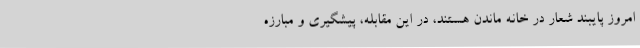
امروز پایبند شعار در خانه ماندن هستند، در این مقابله، پیشگیری و مبارزه